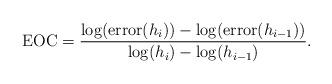
LaTeX: \begin{align*} \mathrm{EOC} = \frac{\log( \mathrm{error}(h_i) ) - \log(\mathrm{error}(h_{i-1}))}{ \log(h_i) - \log(h_{i-1})}.\end{align*}